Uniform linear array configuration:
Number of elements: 8
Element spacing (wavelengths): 0.5
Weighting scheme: exponential
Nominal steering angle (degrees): -30
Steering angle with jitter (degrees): -29.77
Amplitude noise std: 0.05
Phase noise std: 0.05

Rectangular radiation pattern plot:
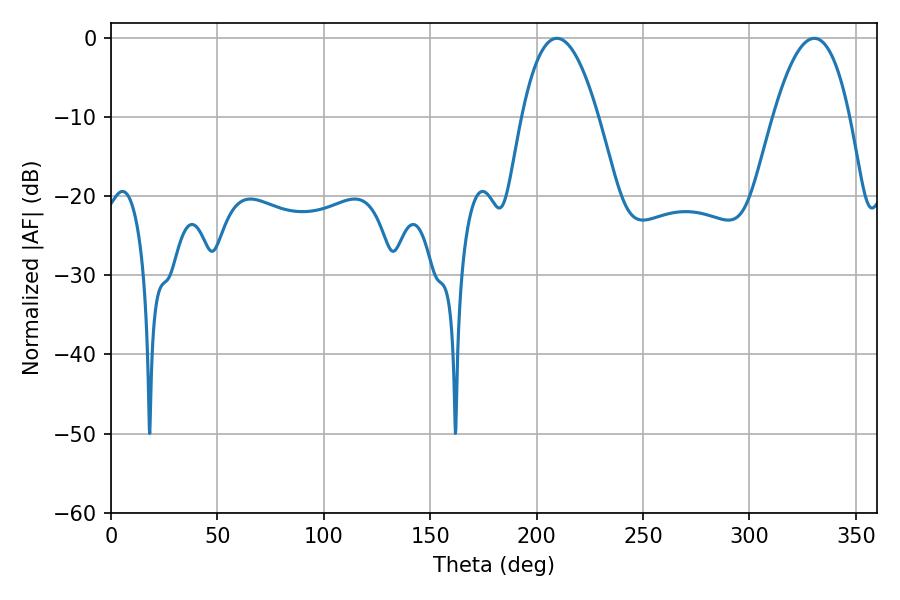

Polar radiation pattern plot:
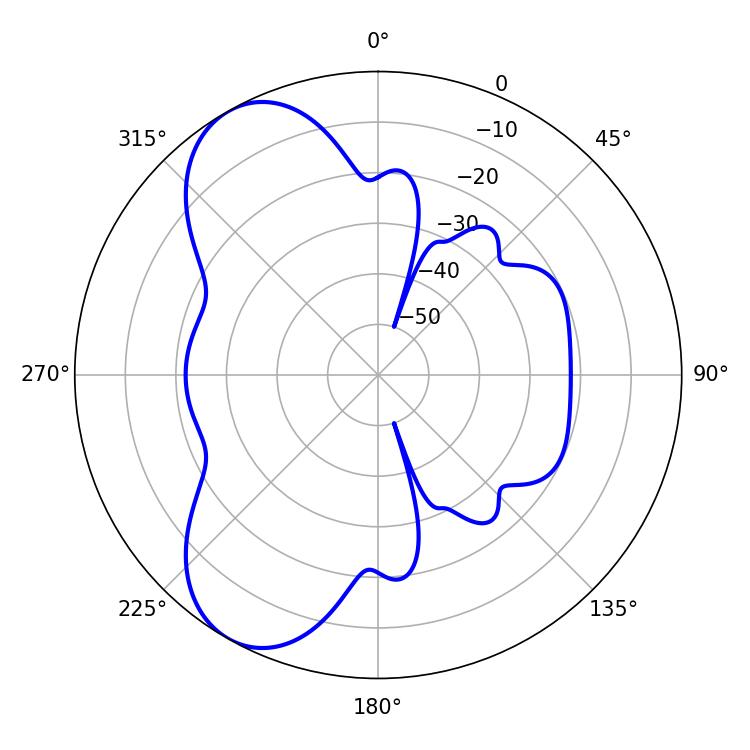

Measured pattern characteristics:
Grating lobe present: FALSE
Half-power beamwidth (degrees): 19.8
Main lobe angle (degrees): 209.52